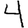
Digit: 4